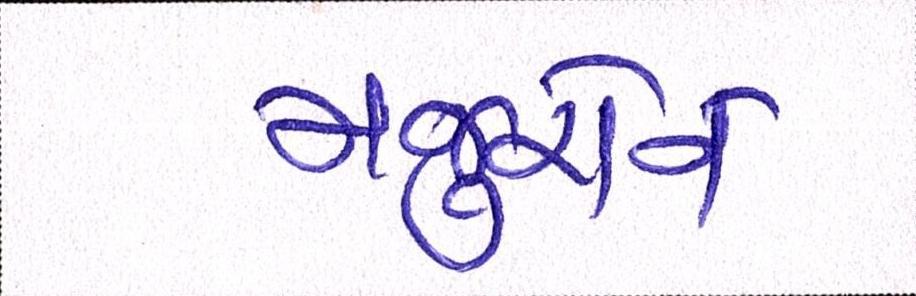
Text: મજુરોને